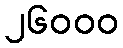
၂၆၀၀၀